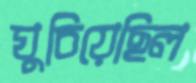
ঘুচিয়েছিল